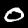
Label: 0